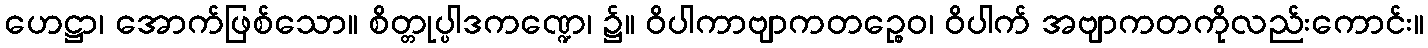
ဟေဋ္ဌာ၊ အောက်ဖြစ်သော။ စိတ္တုပ္ပါဒကဏ္ဍေ၊ ၌။ ဝိပါကာဗျာကတဉ္စေဝ၊ ဝိပါက် အဗျာကတကိုလည်းကောင်း။